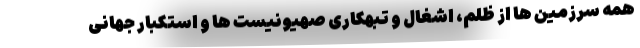
همه سرزمین ها از ظلم، اشغال و تبهکاری صهیونیست ها و استکبار جهانی